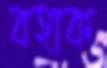
বহাক